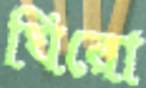
ঘিরো